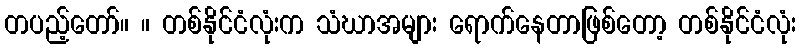
တပည့်တော်။ ။ တစ်နိုင်ငံလုံးက သံဃာအများ ရောက်နေတာဖြစ်တော့ တစ်နိုင်ငံလုံး